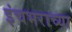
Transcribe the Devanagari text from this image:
इंचभराच्या